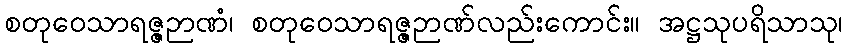
စတုဝေသာရဇ္ဇဉာဏံ၊ စတုဝေသာရဇ္ဇဉာဏ်လည်းကောင်း။ အဋ္ဌသုပရိသာသု၊